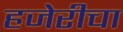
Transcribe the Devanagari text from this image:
हजेरीचा